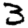
Digit: 3